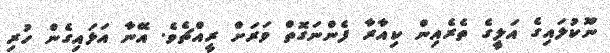
ނޫކުލައިގެ އަލީގެ ތެރެއިން ކިއާރާ ފެންނަގޮތް ވަރަށް ރީއްޗެވެ. އޭނާ އަޅައިގެން ހުރި